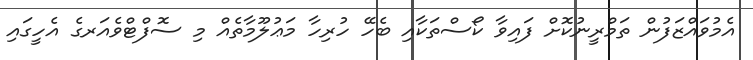
އެމުވައްޒަފުން ތަމްރީނުކޮށް ފައިވާ ކޯސްތަކާއި ބެހޭ ހުރިހާ މަޢުލޫމާތެއް މި ސޮފްޓްވެއަރގެ އެހީގައި